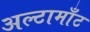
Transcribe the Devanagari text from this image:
अल्टामाँट